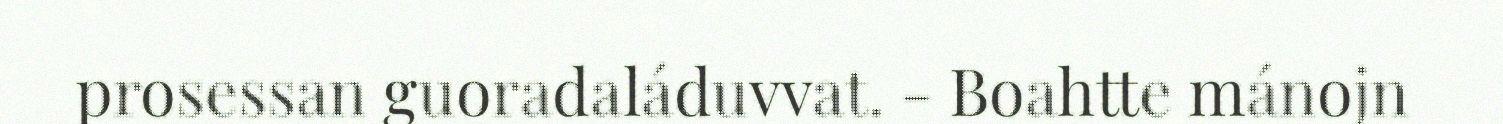
prosessan guoradaláduvvat. - Boahtte mánojn